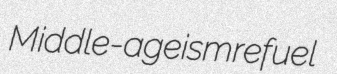
Middle-ageism refuel